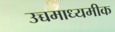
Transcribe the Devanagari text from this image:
उच्चमाध्यमीक